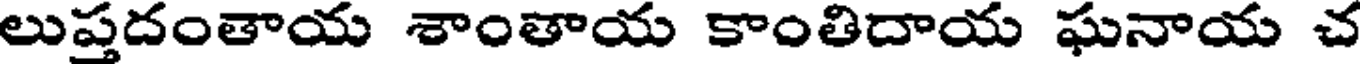
లుప్తదంతాయ శాంతాయ కాంతిదాయ ఘనాయ చ